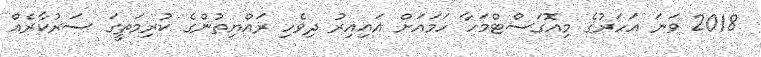
2018 ވަނަ އަހަރުގެ މިއޮގަސްޓްމަހާ ހަމައަށް އައިއިރު ދިވެހި ރައްޔިތުންގެ ކުރިމަތީގަ ސަރުކާރެއް